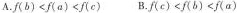
A.$$f ( b ) < f ( a ) < f ( c )$$ B.$$f ( c ) < f ( b } < f ( a )$$